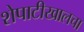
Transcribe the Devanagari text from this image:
शेपाटीखालचा